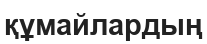
құмайлардың